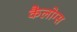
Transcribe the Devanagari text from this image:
कैलोग्स